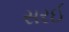
સરઈ